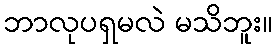
ဘာလုပရှမလဲ မသိဘူး။